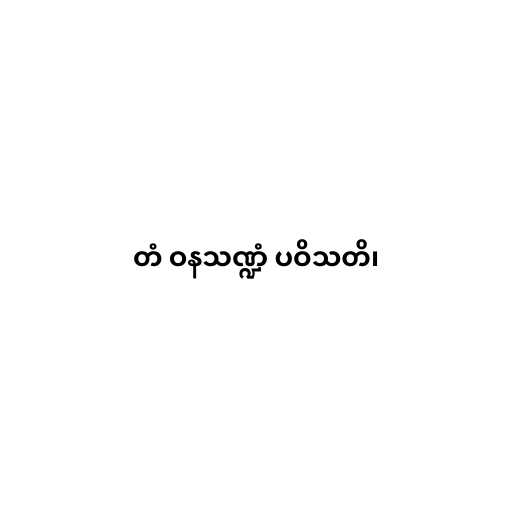
တံ ဝနသဏ္ဍံ ပဝိသတိ၊